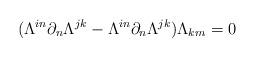
LaTeX: \begin{align*}(\Lambda^{in}\partial_n\Lambda^{jk}-\Lambda^{in}\partial_n\Lambda^{jk})\Lambda_{km}=0\end{align*}